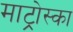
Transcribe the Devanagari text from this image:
माट्रोस्का